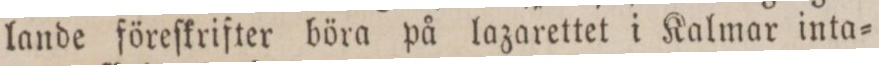
lande föreſkrifter böra på lazarettet i Kalmar inta=